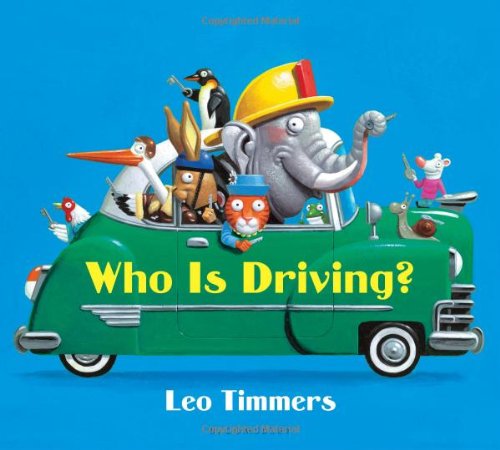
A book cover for Who Is Driving?; Leo Timmers; Children's Books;